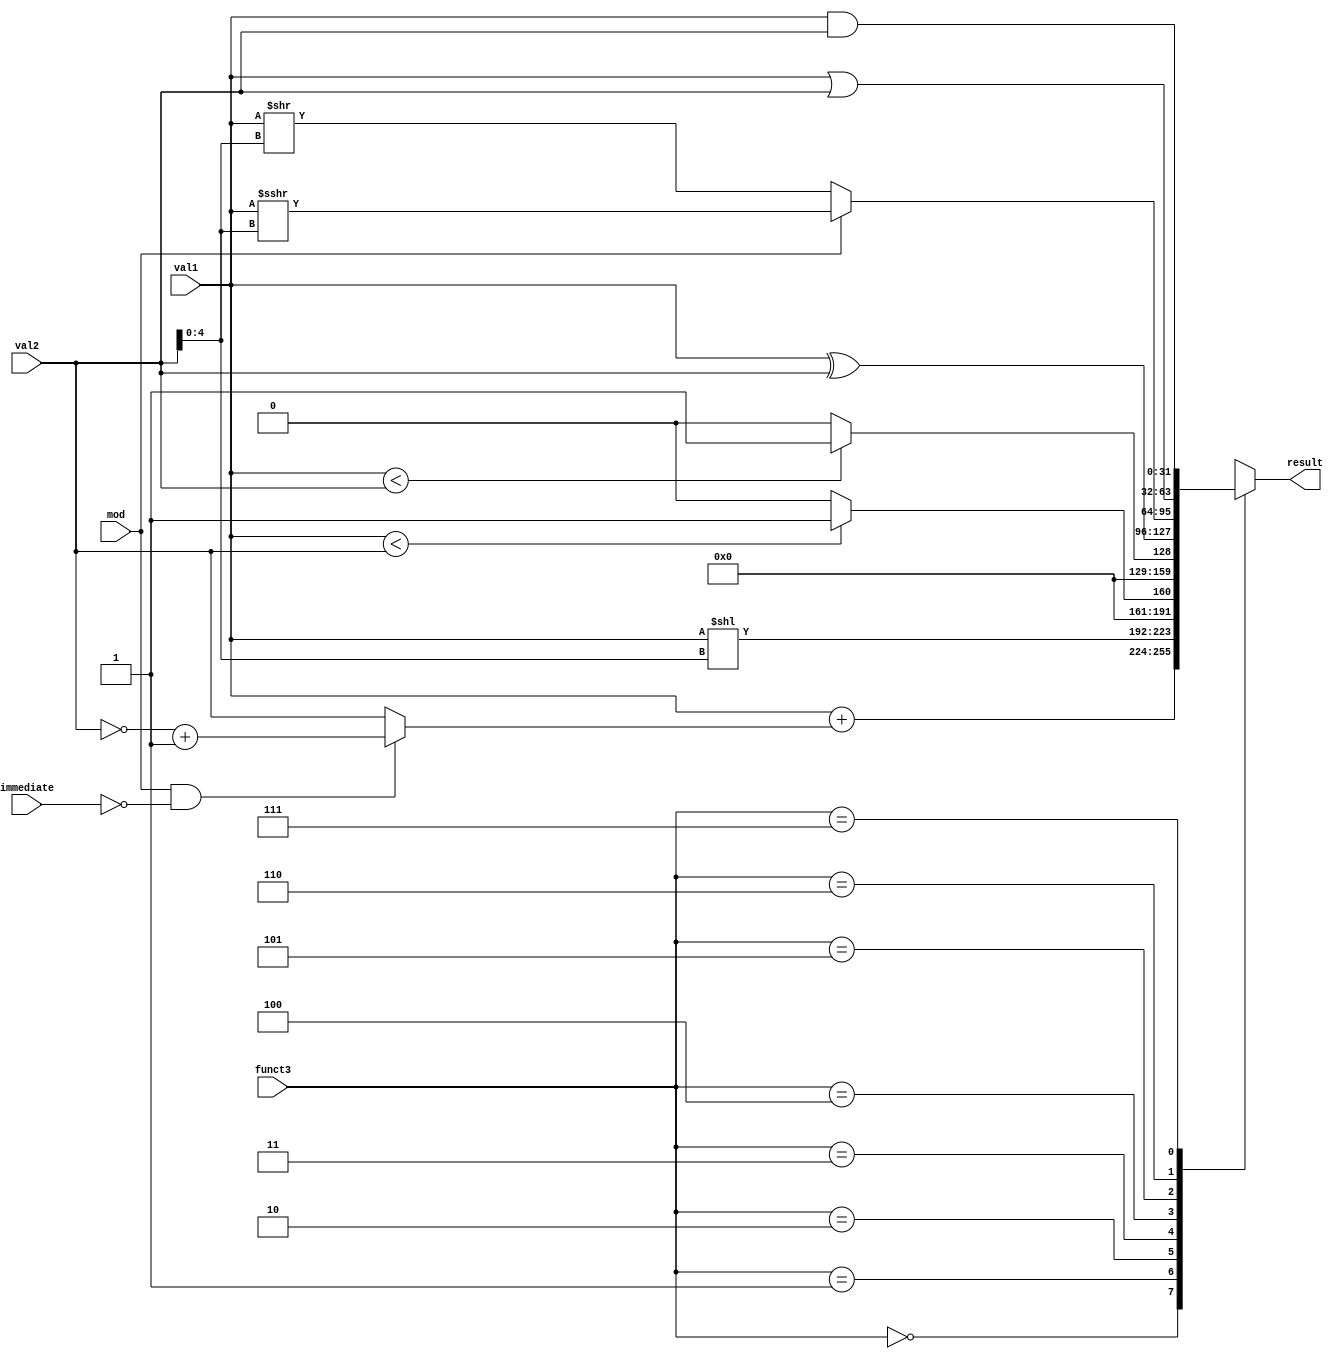

`timescale 1ns/1ps

`define ADD 3'b000
`define SLL 3'b001
`define SLT 3'b010
`define SLTU 3'b011
`define XOR 3'b100
`define SRL 3'b101
`define OR 3'b110
`define AND 3'b111

module alu (
    funct3,
    mod,
    immediate,
    val1,
    val2,
    result
);
    input wire mod;
    input wire immediate;
    input wire [2:0]  funct3;
    input wire [31:0] val1, val2;
    output reg [31:0] result;

    wire signed [31:0] s_val1 = $signed(val1);
    wire signed [31:0] s_val2 = $signed(val2);

    always @(*)
        case (funct3)
            `ADD:  result <= val1 + ((mod && !immediate) ? (~val2) + 1 : val2);
            `SLL:  result <= val1 << val2[4:0];
            `SLT:  result <= (s_val1 < s_val2) ? 32'h00000001 : 32'h00000000;
            `SLTU: result <= (val1 < val2) ? 32'h00000001 : 32'h00000000;
            `XOR:  result <= val1 ^ val2;
            `SRL:  result <= (mod) ? $unsigned(s_val1 >>> val2[4:0]) : (val1 >> val2[4:0]);
            `OR:   result <= val1 | val2;
            `AND:  result <= val1 & val2;
            default: result <= 32'h00000000;
        endcase           
        
    `ifdef COCOTB_SIM
    initial begin
    $dumpfile ("alu.vcd");
    $dumpvars (0, alu);
    #1;
    end
    `endif


endmodule